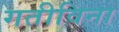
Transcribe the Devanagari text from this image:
गतीविना